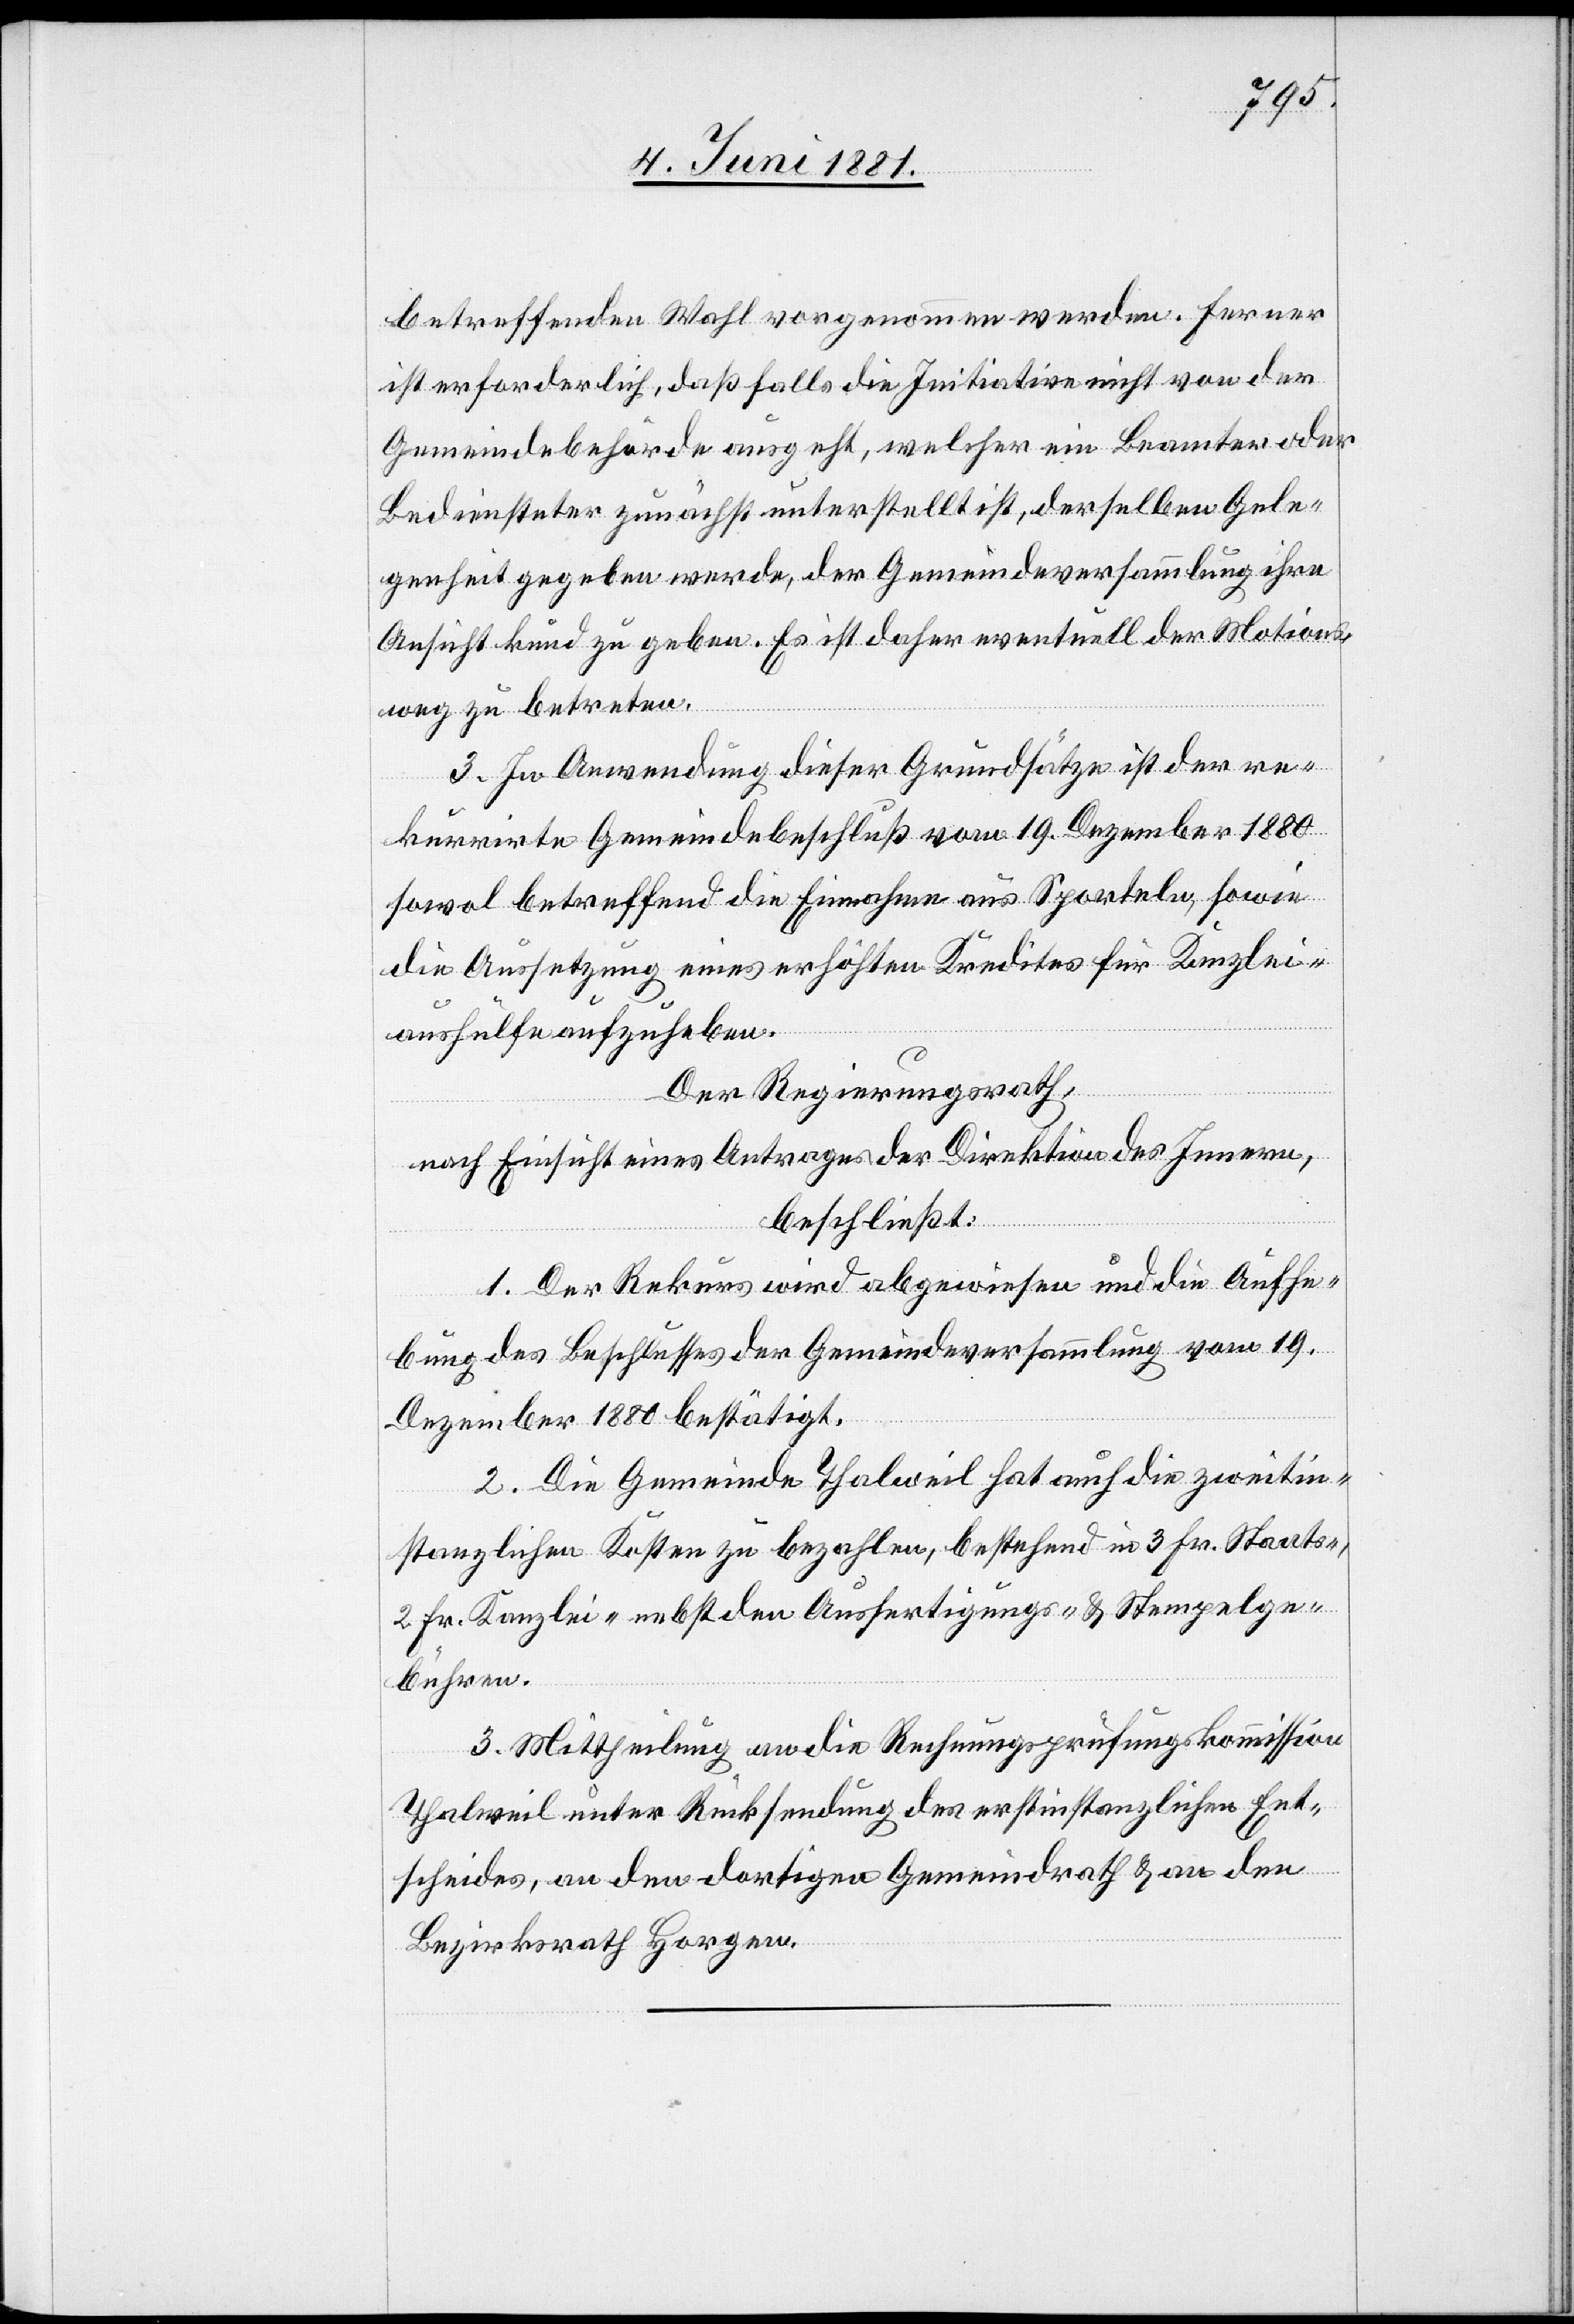
betreffenden Wahl vorgenommen werden. Ferner
ist erforderlich, daß falls die Initiative nicht von der
Gemeindebehörde ausgeht, welcher ein Beamter oder
Bediensteter zunächst unterstellt ist, derselben Gele¬
genheit gegeben werde, der Gemeindeversammlung ihre
Ansicht kund zu geben. Es ist daher eventuell der Motions¬
weg zu betreten.
3. In Anwendung dieser Grundsätze ist der re¬
kurrirte Gemeindebeschluß vom 19. Dezember 1880
sowol betreffend die Einnahmen aus Sporteln, sowie
die Aussetzung eines erhöhten Kredites für Kanzlei¬
aushülfe aufzuheben.
Der Regierungsrath,
nach Einsicht eines Antrages der Direktion des Innern,
beschließt:
1. Der Rekurs wird abgewiesen und die Aufhe¬
bung des Beschlusses der Gemeindeversammlung vom 19.
Dezember 1880 bestätigt.
2. Die Gemeinde Thalweil hat auch die zweitin¬
stanzlichen Kosten zu bezahlen, bestehend in 3 Fr. Staats-,
2 Fr. Kanzlei- nebst den Ausfertigungs- & Stempelge¬
bühren.
3. Mittheilung an die Rechnungsprüfungskommission
Thalweil unter Rücksendung des erstinstanzlichen Ent¬
scheides, an den dortigen Gemeindrath & an den
Bezirksrath Horgen.